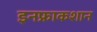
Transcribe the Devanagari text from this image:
इनफ्राकशान